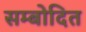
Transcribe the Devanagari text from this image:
सम्बोदित